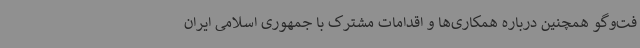
فت‌وگو همچنین درباره همکاری‌ها و اقدامات مشترک با جمهوری اسلامی ایران